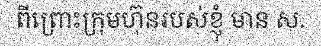
ពីព្រោះក្រុមហ៊ុនរបស់ខ្ញុំ មាន ស.